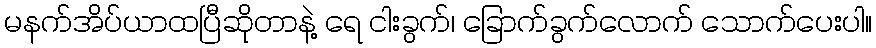
မနက်အိပ်ယာထပြီဆိုတာနဲ့ ရေ ငါးခွက်၊ ခြောက်ခွက်လောက် သောက်ပေးပါ။